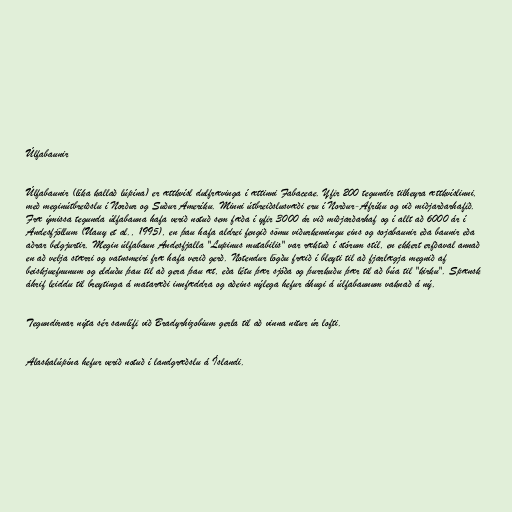
Úlfabaunir

Úlfabaunir (líka kallað lúpína) er ættkvísl dulfrævinga í ættinni Fabaceae. Yfir 200 tegundir tilheyra ættkvíslinni,
með meginútbreiðslu í Norður og Suður Ameríku. Minni útbreiðslusvæði eru í Norður-Afríku og við miðjarðarhafið.
Fræ ýmissa tegunda úlfabauna hafa verið notuð sem fæða í yfir 3000 ár við miðjarðarhaf og í allt að 6000 ár í
Andesfjöllum (Uauy et al., 1995), en þau hafa aldrei fengið sömu viðurkenningu eins og sojabaunir eða baunir eða
aðrar belgjurtir. Megin úlfabaun Andesfjalla "Lupinus mutabilis" var ræktuð í stórum stíl, en ekkert erfðaval annað
en að velja stærri og vatnsmeiri fræ hafa verið gerð. Notendur lögðu fræið í bleyti til að fjarlægja megnið af
beiskjuefnunum og elduðu þau til að gera þau æt, eða létu þær sjóða og þurrkuðu þær til að búa til "kirku". Spænsk
áhrif leiddu til breytinga á mataræði innfæddra og aðeins nýlega hefur áhugi á úlfabaunum vaknað á ný.

Tegundirnar nýta sér samlífi við Bradyrhizobium gerla til að vinna nitur úr lofti.

Alaskalúpína hefur verið notuð í landgræðslu á Íslandi.